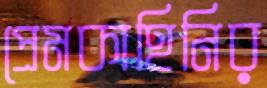
প্রেমকাহিনির